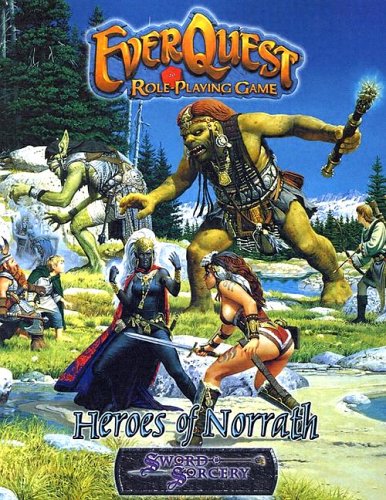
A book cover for Everquest Heroes of Norrath (Everquest Role-Playing Game); Carl Gilchrist; Science Fiction & Fantasy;